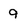
Character: 9